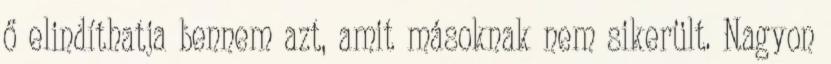
ő elindíthatja bennem azt, amit másoknak nem sikerült. Nagyon